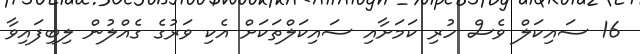
16 ސައިކަލް ވެސް ހުރި ކަމަށާއި ސައިކަލްތަކަށް އެކި ވަރުގެ ގެއްލުން ލިބިފައިވާ